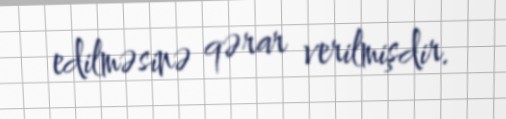
edilməsinə qərar verilmişdir.